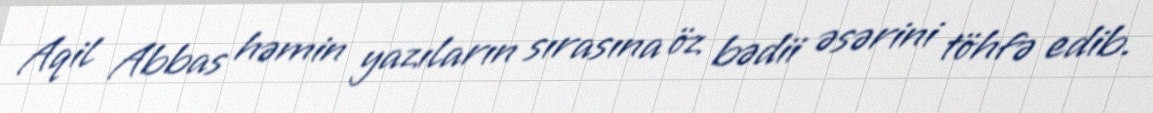
Aqil Abbas həmin yazıların sırasına öz bədii əsərini töhfə edib.